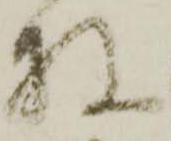
枚